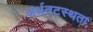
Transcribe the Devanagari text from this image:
अर्धतटस्थता